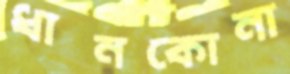
ধানকোনা